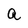
Character: a